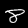
Digit: 8